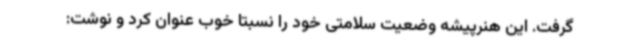
گرفت. این هنرپیشه وضعیت سلامتی خود را نسبتا خوب عنوان کرد و نوشت: